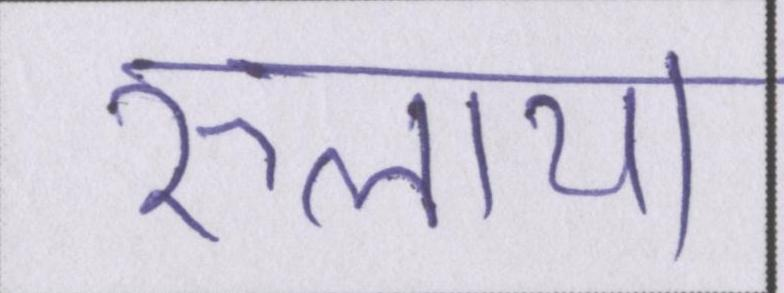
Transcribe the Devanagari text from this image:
रुलाया